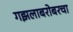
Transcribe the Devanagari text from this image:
गझलाबरोबरचा